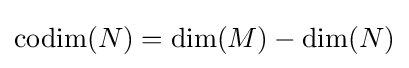
\operatorname {codim} (N)=\dim(M)-\dim(N)